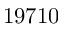
1 9 7 1 0